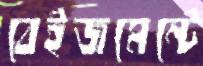
বেইজমেন্টে